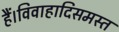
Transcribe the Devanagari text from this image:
हैं।विवाहादिसमस्त